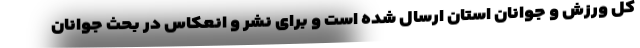
کل ورزش و جوانان استان ارسال شده است و برای نشر و انعکاس در بحث جوانان